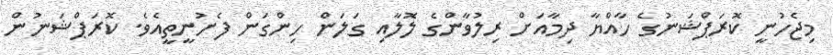
މިޖެހުނީ ކޮރަޕްޝަނުގެ ހާއްޔާ ދިމާއަށް ރިލުވާންގެ ލޮލާއި ގަލަން ހިންގަން ފެށުނީތީއެވެ. ކޮރަޕްޝަނުން